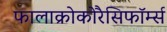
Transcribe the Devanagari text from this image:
फालाक्रोकोरैसिफॉर्म्स